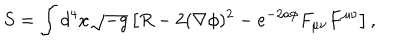
LaTeX: S = \int d ^ { 4 } x \sqrt { - g } \left[ R - 2 ( \nabla \phi ) ^ { 2 } - e ^ { - 2 a \phi } F _ { \mu \nu } F ^ { \mu \nu } \right] ,